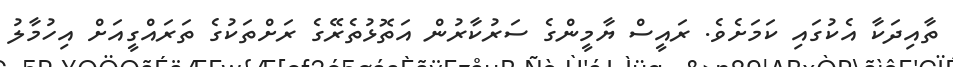
ތާއިދަކާ އެކުގައި ކަމަށެވެ. ރައީސް ޔާމީންގެ ސަރުކާރުން އަތޮޅުތެރޭގެ ރަށްތަކުގެ ތަރައްގީއަށް އިހުމާލު